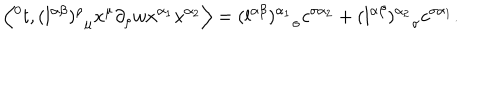
\left\langle { ^ 0 t } , { ( l ^ { \alpha \beta } ) ^ { \rho } } _ { \mu } x ^ { \mu } \partial _ { \rho } w x ^ { \alpha _ { 1 } } x ^ { \alpha _ { 2 } } \right\rangle = { ( l ^ { \alpha \beta } ) ^ { \alpha _ { 1 } } } _ { \sigma } c ^ { \sigma \alpha _ { 2 } } + { ( l ^ { \alpha \beta } ) ^ { \alpha _ { 2 } } } _ { \sigma } c ^ { \sigma \alpha _ { 1 } } .